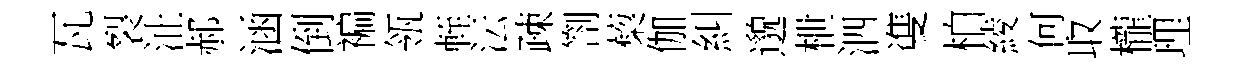
瓦裂沚郝涵倒褊瓴輊沄疎劄蔾伽糾邈枻泗㕠柏綾何取櫳理